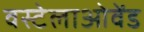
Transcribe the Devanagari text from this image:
वस्टेलाओवेंड